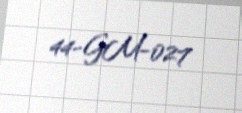
44-GM-027